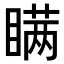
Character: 瞒